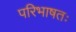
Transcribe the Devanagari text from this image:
परिभाषतः